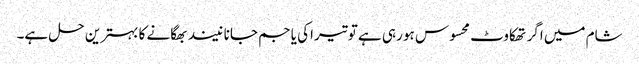
شام میں اگر تھکاوٹ محسوس ہو رہی ہے تو تیراکی یا جم جانا نیند بھگانے کا بہترین حل ہے۔